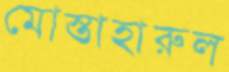
মোস্তাহারুল